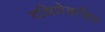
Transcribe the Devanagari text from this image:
दक्षिणेकडिल